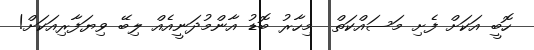
ހޮބީ އަކަށް ފެށި މަސައްކަތް  މިހާރު ބޮޑު އާންމުދަނީއެއް ލިބޭ ވިޔަފާރިއަކަށް!